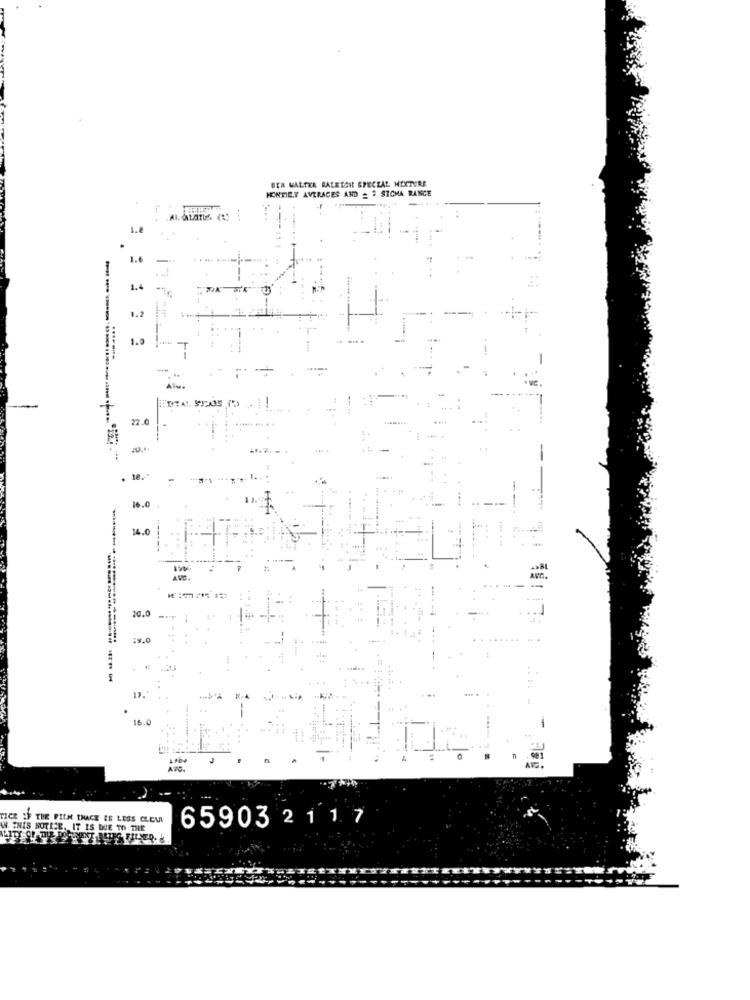
BER WALTER BALETOIL SPECIAL MIXTURE
HONTIEY AVERACES AND # # SICMA RANCE
. ... .
1.
1.2
T
22.0
.
14.0
20.0
..
:9.0
..... ..
....
17.
. .
16.0
-
ICE IF THE FILM EHACE IS LESS CLEMI
65903 2 11 7
W. THIS NOTICE. IT IS DUE TO THE